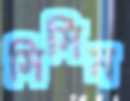
সিসিম